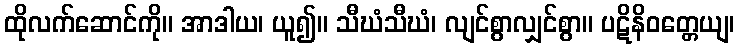
ထိုလက်ဆောင်ကို။ အာဒါယ၊ ယူ၍။ သီဃံသီဃံ၊ လျင်စွာလျှင်စွာ။ ပဋိနိဝတ္တေယျ၊